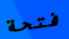
فتحة